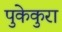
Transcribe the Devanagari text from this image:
पुकेकुरा